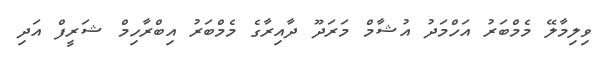
ވިލިމާލޭ މެމްބަރު އަހްމަދު އުޝާމް މަރަދޫ ދާއިރާގެ މެމްބަރު އިބްރާހިމް ޝަރީފް އަދި